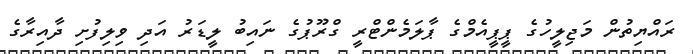
ރައްޔިތުން މަޖިލީހުގެ ޕީޕީއެމްގެ ޕާލަމެންޓްރީ ގްރޫޕުގެ ނައިބު ލީޑަރު އަދި ވިލިފުށި ދާއިރާގެ